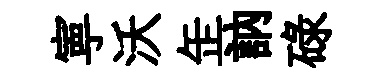
寕沃𦈢訥碌